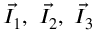
\vec { I _ { 1 } } , ~ \vec { I _ { 2 } } , ~ \vec { I _ { 3 } }